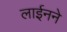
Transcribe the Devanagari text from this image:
लाईनने